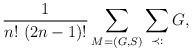
LaTeX: \begin{align*} \frac{1}{n!\ (2n-1)!} \sum_{M=(G,S)} \sum_{\substack{\prec: \\ }} G, \end{align*}